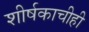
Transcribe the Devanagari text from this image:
शीर्षकाचीही